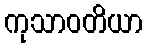
ကုသာဝတိယာ